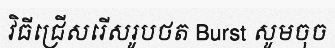
វិធីជ្រើសរើសរូបថត Burst សូមចុច